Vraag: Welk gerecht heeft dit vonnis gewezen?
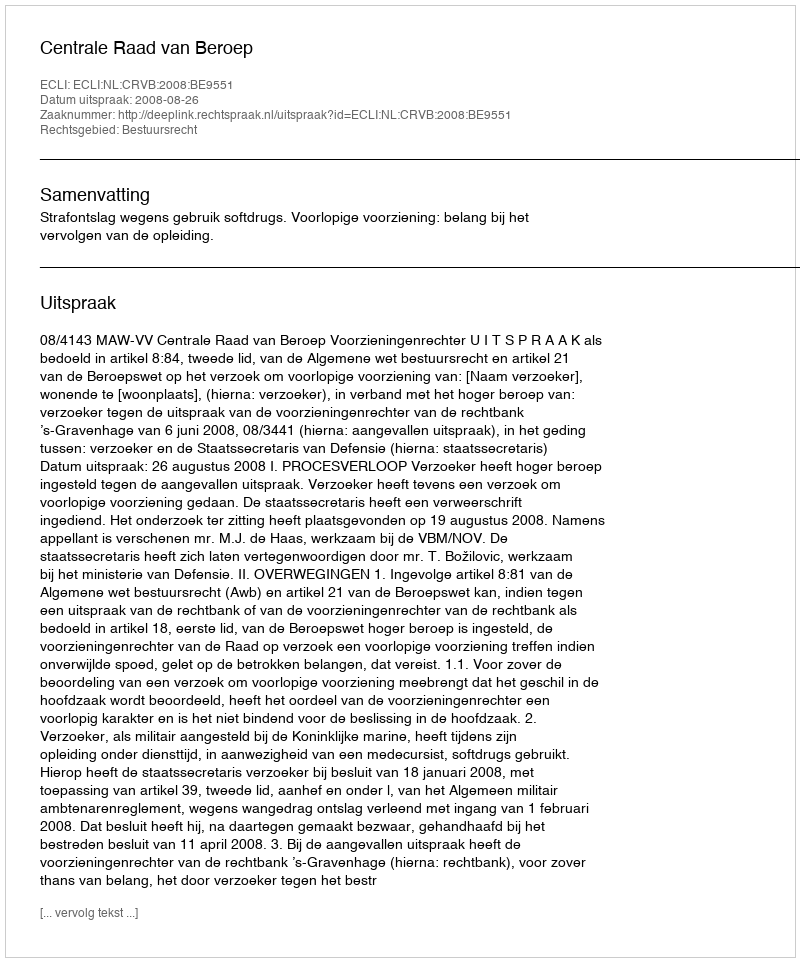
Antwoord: Centrale Raad van Beroep